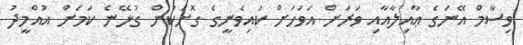
ވިސާމް އޭނަގެ ޢާއިލާއާއި ވަރަށް އަވަހަށް ކައިވެނީގެ ގޮށަކުން ގުޅޭނެ ކަމަށް އުއްމީދު